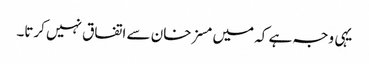
یہی وجہ ہے کہ میں مسز خان سے اتفاق نہیں کرتا۔